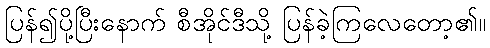
ပြန်၍ပို့ပြီးနောက် စီအိုင်ဒီသို့ ပြန်ခဲ့ကြလေတော့၏။